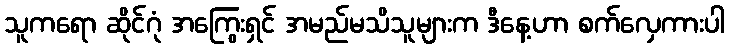
သူကရော ဆိုင်ဂုံ အကြွေးရှင် အမည်မသိသူများက ဒီနေ့ဟာ စက်လှေကားပါ